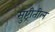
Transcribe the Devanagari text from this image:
सुष्ट्रीतील